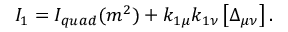
I _ { 1 } = I _ { q u a d } ( m ^ { 2 } ) + k _ { 1 \mu } k _ { 1 \nu } \left[ \Delta _ { \mu \nu } \right] .